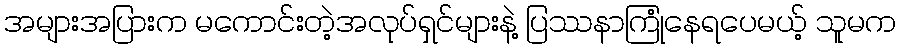
အများအပြားက မကောင်းတဲ့အလုပ်ရှင်များနဲ့ ပြဿနာကြုံနေရပေမယ့် သူမက